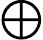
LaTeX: \bigoplus